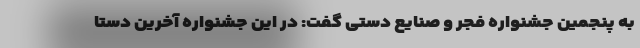
به پنجمین جشنواره فجر و صنایع دستی گفت: در این جشنواره آخرین دستا